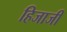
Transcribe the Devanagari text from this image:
हिजाजी